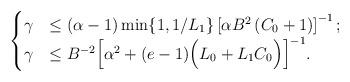
LaTeX: \begin{align*} \begin{cases} \gamma &\leq {(\alpha-1)}\min\{ 1 , {1}/{L_1} \}\left[{\alpha B^2\left( C_0 + 1 \right)}\right]^{-1};\\ \gamma &\leq B^{-2}\Big[\alpha^2 + (e-1) \Big(L_{0}+ L_1 C_0\Big) \Big]^{-1}. \end{cases} \end{align*}